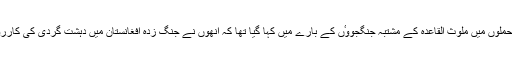
نیویارک اور واشنگٹن میں طیارہ حملوں میں ملوث القاعدہ کے مشتبہ جنگجووٴں کے بارے میں کہا گیا تھا کہ انھوں نے جنگ زدہ افغانستان میں دہشت گردی کی کارروائیوں کی تربیت حاصل کی تھی۔